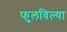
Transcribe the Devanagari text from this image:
फुलविल्या